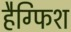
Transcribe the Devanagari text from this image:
हैग्फिश